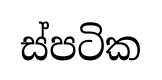
ස්පටික